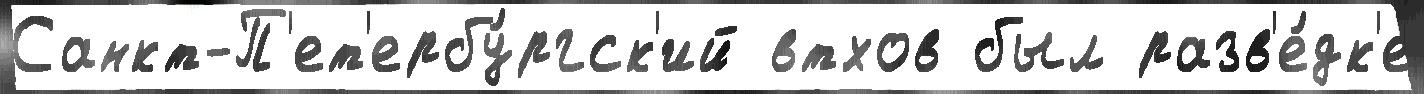
Санкт-П'ет'ербу́ргск'ий втхов был разв'е́дк'е